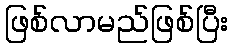
ဖြစ်လာမည်ဖြစ်ပြီး